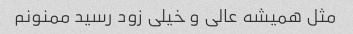
مثل همیشه عالی و خیلی زود رسید ممنونم